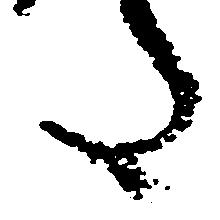
た